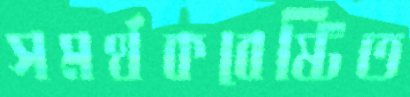
সমর্থকবেষ্টিত